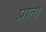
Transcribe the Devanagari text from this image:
प्राता